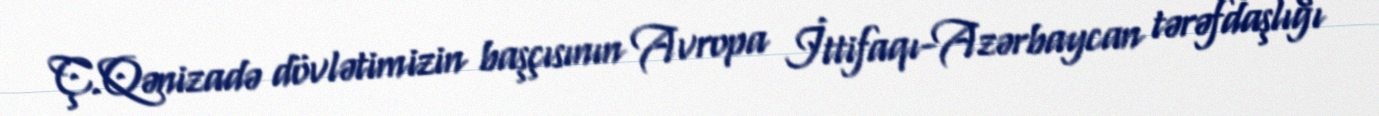
Ç.Qənizadə dövlətimizin başçısının Avropa İttifaqı-Azərbaycan tərəfdaşlığı